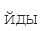
йды